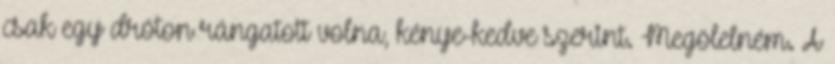
csak egy dróton rángatott volna, kénye-kedve szerint. Megölelném. A